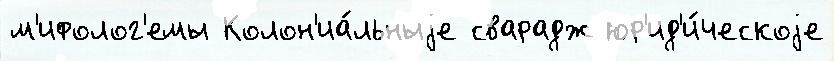
м'ифолог'емы Колон'иа́льныjе сварадж юр'ид'и́ческоjе